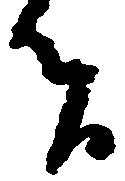
者